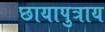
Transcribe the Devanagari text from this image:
छायापुत्राय